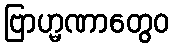
ဗြာဟ္မဏာတွေဝ